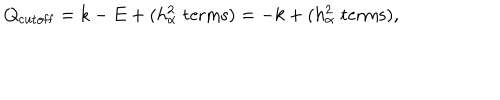
Q _ { \mathrm { c u t o f f } } = k - E + ( h _ { \alpha } ^ { 2 } \; \mathrm { t e r m s } ) = - k + ( h _ { \alpha } ^ { 2 } \; \mathrm { t e r m s } ) ,